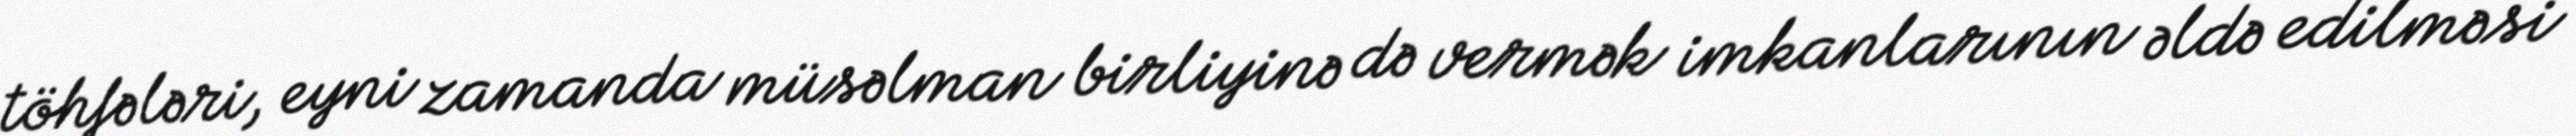
töhfələri, eyni zamanda müsəlman birliyinə də vermək imkanlarının əldə edilməsi